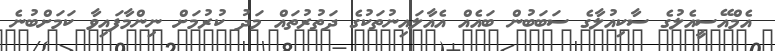
އެމްއޭސީއެލުގެ ސާކިއުލާގެ ސަބަބުން ބައެއް އެއާލައިނުތަކުގެ ދަތުރުތައް މަދު ކުރުމަށް ނިންމާފައިވާ ކަމަށްބުނެ